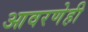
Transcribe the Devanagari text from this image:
आवरणेही